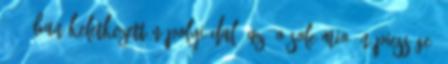
1898-ban keletkezett nápolyi dal, az "O sole mio" népiessége,